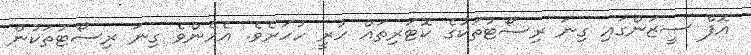
އޮފް ސީޒަންގައި ގިނަ ރިސޯޓުތަކުގެ ކޮޓަރިތައް ހުރީ ހުހަށެވެ. އެހެންވެ ގިނަ ރިސޯޓުތަކުން